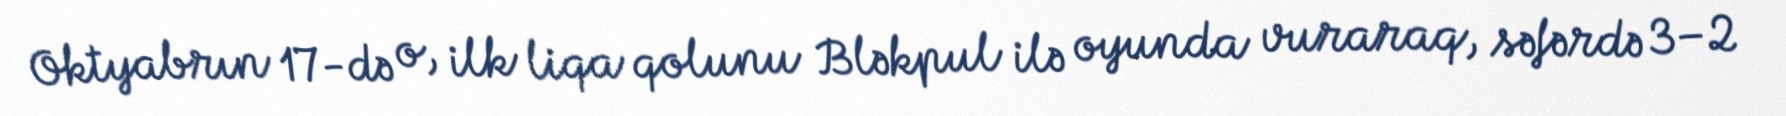
Oktyabrın 17-də o, ilk liqa qolunu Bləkpul ilə oyunda vuraraq, səfərdə 3–2